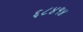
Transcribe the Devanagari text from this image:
६८४१४